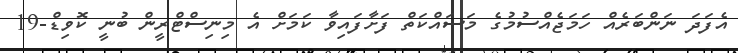
އެފަދަ ނަންބަރެއް ހަމަޖެއްސުމުގެ މަސައްކަތް ފަށާފައިވާ ކަމަށް އެ މިނިސްޓްރީން ބުނީ ކޮވިޑް-19